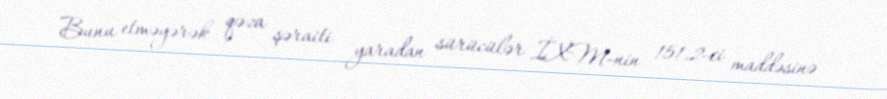
Bunu etməyərək qəza şəraiti yaradan sürücülər İXM-nin 151.2-ci maddəsinə